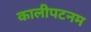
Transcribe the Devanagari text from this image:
कालीपटनम